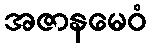
အဇာနမေဝံ